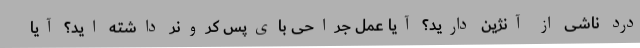
درد ناشی از آنژین دارید؟ آیا عمل جراحی بای‌پس کرونر داشته اید؟ آیا